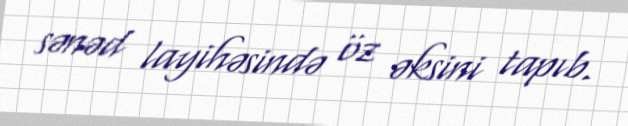
sənəd layihəsində öz əksini tapıb.